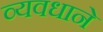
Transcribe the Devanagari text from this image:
व्यवधाने